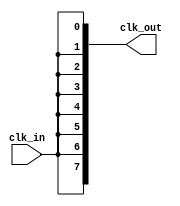
module HighFanoutClockBuffer #(
    parameter NUM_OUTPUTS = 8 // Parameter to specify number of outputs
) (
    input wire clk_in,                    // Input clock signal
    output wire [NUM_OUTPUTS-1:0] clk_out // Output clock signals
);

    // Internal signal for buffering.
    wire clk_buf;

    // Buffering stage using a dedicated clock buffer primitive (if available).
    // This can be replaced with more complex buffer logic if necessary.
    // Example: use a primitive buffer or a flip-flop for synchronization.
    assign clk_buf = clk_in;

    // Driving the multiple outputs using the buffered signal
    generate
        genvar i;
        for (i = 0; i < NUM_OUTPUTS; i = i + 1) begin : clock_drive
            assign clk_out[i] = clk_buf; // Duplicate the clock signal to each output
        end
    endgenerate

endmodule